Newspaper: The comet.
Place of publication: Johnson City, Tenn.
Publisher: N.C.T. Love
Date: 1900-04-19 00:00:00
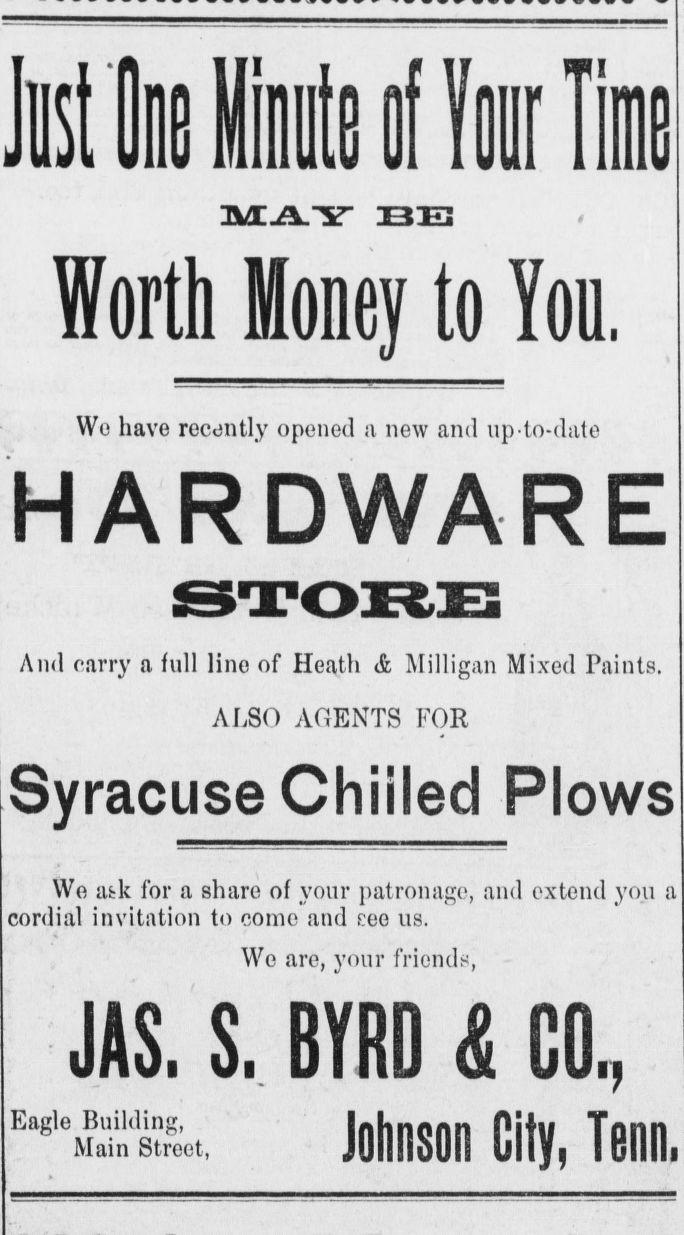
Advertisement text (OCR):
It il 111 6 o to III Worth Money to You. MWMM Wo have recently opened a new and up-to-date HARD And carry a full line of Heath & Milligan Mixed Paints. ALSO AGENTS FOR Syracuse Chilled Plows cordial invitation to come and eee us We are, your friends, We afck tor a share of your patronage, and extend you a JASi Si BYRD H COij Eagle Building, Main Street, Johnson City, Tenn,
Label: text-only